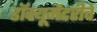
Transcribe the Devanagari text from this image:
डॉक्यूमेंटरीचे